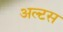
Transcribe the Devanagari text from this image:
अल्टस